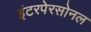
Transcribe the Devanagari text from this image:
इंटरपेरसोनल